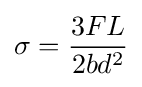
\sigma ={\frac {3FL}{2bd^{2}}}